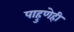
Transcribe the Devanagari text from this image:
पाहुणेही